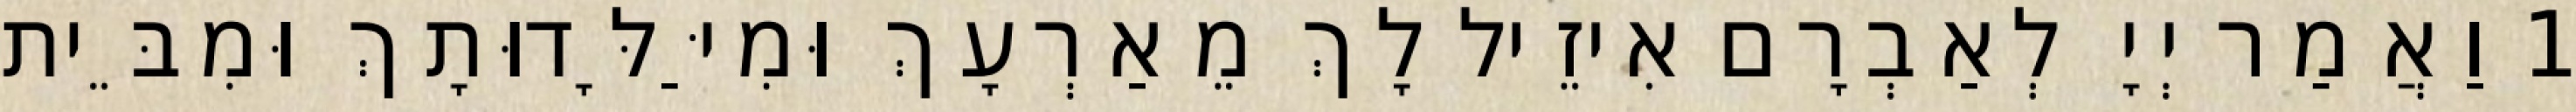
1 וַאֲמַר יְיָ לְאַבְרָם אִיזֵיל לָךְ מֵאַרְעָךְ וּמִיַּלָּדוּתָךְ וּמִבֵּית